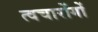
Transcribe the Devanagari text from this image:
त्वचारोंगों